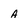
Character: a